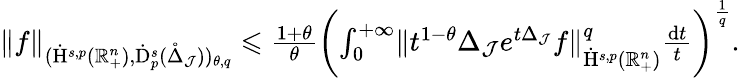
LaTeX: \begin{array}{r}{\lVert f\rVert_{(\dot{\mathrm{H}}^{s,p}(\mathbb{R}_{+}^{n}),\dot{\mathrm{D}}_{p}^{s}(\mathring{\Delta}_{\mathcal{J}}))_{\theta,q}}\leqslant\frac{1+\theta}{\theta}\left(\int_{0}^{+\infty}\lVert t^{1-\theta}\Delta_{\mathcal{J}}e^{t\Delta_{\mathcal{J}}}f\rVert_{\dot{\mathrm{H}}^{s,p}(\mathbb{R}_{+}^{n})}^{q}\frac{\mathrm{d}t}{t}\right)^{\frac{1}{q}}\mathrm{.}}\end{array}